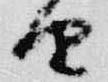
由